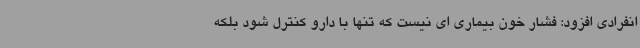
انفرادی افزود: فشار خون بیماری ای نیست که تنها با دارو کنترل شود بلکه